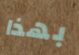
بهذا